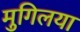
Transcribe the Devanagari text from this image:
मुगिलया